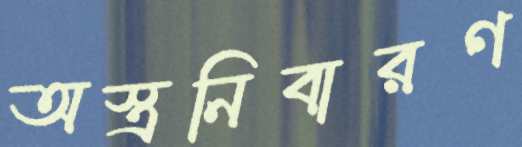
অস্ত্রনিবারণ